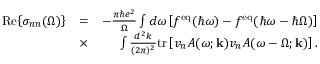
\begin{array} { r l r } { \mathrm { R e } { \left\{ \sigma _ { n n } ( \Omega ) \right\} } } & { = } & { - \frac { \pi \hbar e ^ { 2 } } { \Omega } \int d \omega \left[ f ^ { \mathrm { e q } } ( \hbar \omega ) - f ^ { \mathrm { e q } } ( \hbar \omega - \hbar \Omega ) \right] } \\ & { \times } & { \int \frac { d ^ { 2 } k } { ( 2 \pi ) ^ { 2 } } \mathrm { t r } \left[ v _ { n } A ( \omega ; \mathbf { k } ) v _ { n } A ( \omega - \Omega ; \mathbf { k } ) \right] . } \end{array}